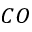
C O